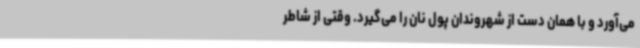
می‌آورد و با همان دست از شهروندان پول نان را می‌گیرد. وقتی از شاطر